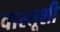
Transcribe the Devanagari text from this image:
वास्तूशी